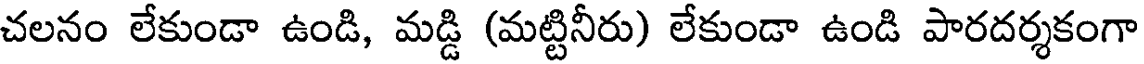
చలనం లేకుండా ఉండి, మడ్డి (మట్టినీరు) లేకుండా ఉండి పారదర్శకంగా